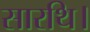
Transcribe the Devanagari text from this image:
सारथि।